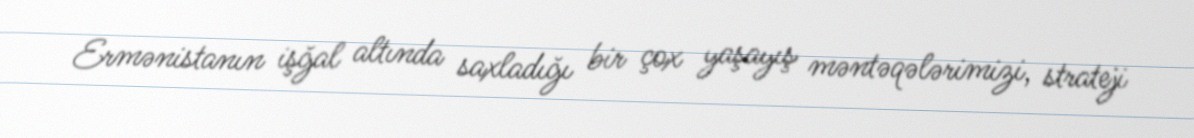
Ermənistanın işğal altında saxladığı bir çox yaşayış məntəqələrimizi, strateji